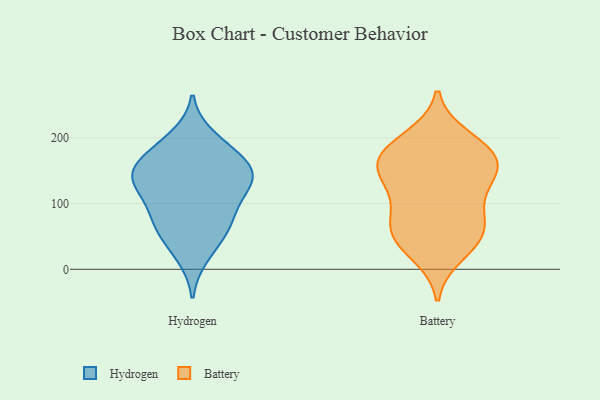
{"axis": {"x": "Satisfaction Score", "y": "Value"}, "legend": ["Battery", "Hydrogen"], "data": [{"x": "", "y": 142, "type": "Hydrogen"}, {"x": "", "y": 200, "type": "Hydrogen"}, {"x": "", "y": 80, "type": "Hydrogen"}, {"x": "", "y": 142, "type": "Hydrogen"}, {"x": "", "y": 129, "type": "Hydrogen"}, {"x": "", "y": 66, "type": "Hydrogen"}, {"x": "", "y": 76, "type": "Hydrogen"}, {"x": "", "y": 144, "type": "Hydrogen"}, {"x": "", "y": 133, "type": "Hydrogen"}, {"x": "", "y": 177, "type": "Hydrogen"}, {"x": "", "y": 21, "type": "Hydrogen"}, {"x": "", "y": 154, "type": "Hydrogen"}, {"x": "", "y": 106, "type": "Hydrogen"}, {"x": "", "y": 180, "type": "Hydrogen"}, {"x": "", "y": 48, "type": "Hydrogen"}, {"x": "", "y": 46, "type": "Battery"}, {"x": "", "y": 183, "type": "Battery"}, {"x": "", "y": 24, "type": "Battery"}, {"x": "", "y": 81, "type": "Battery"}, {"x": "", "y": 174, "type": "Battery"}, {"x": "", "y": 199, "type": "Battery"}, {"x": "", "y": 74, "type": "Battery"}, {"x": "", "y": 147, "type": "Battery"}, {"x": "", "y": 115, "type": "Battery"}, {"x": "", "y": 156, "type": "Battery"}, {"x": "", "y": 49, "type": "Battery"}, {"x": "", "y": 153, "type": "Battery"}, {"x": "", "y": 134, "type": "Battery"}, {"x": "", "y": 59, "type": "Battery"}, {"x": "", "y": 178, "type": "Battery"}]}